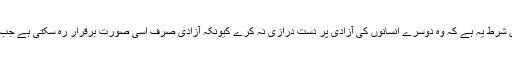
اگرچہ انسان کو آزادی کا حق حاصل ہے لیکن شرط یہ ہے کہ وہ دوسرے انسانوں کی آزادی پر دست درازی نہ کرے کیونکہ آزادی صرف اْسی صورت برقرار رہ سکتی ہے جب دوسروں کی آزادی کو مجروح نہ کیا جائے۔